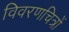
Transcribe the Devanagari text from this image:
विवरणचित्रों